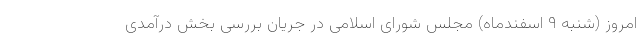
امروز (شنبه ۹ اسفندماه) مجلس شورای اسلامی در جریان بررسی بخش درآمدی